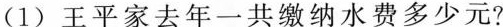
(1)王平家去年一共缴纳水费多少元?